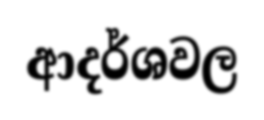
ආදර්ශවල